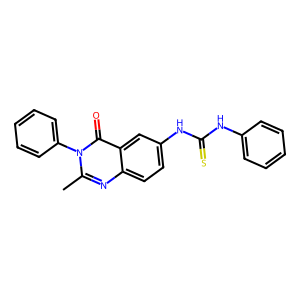
SMILES: Cc1nc2ccc(NC(=S)Nc3ccccc3)cc2c(=O)n1-c1ccccc1
Inhibits HIV replication: No